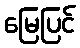
မြေပြင်